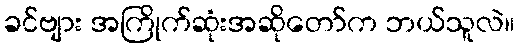
ခင်ဗျား အကြိုက်ဆုံးအဆိုတော်က ဘယ်သူလဲ။